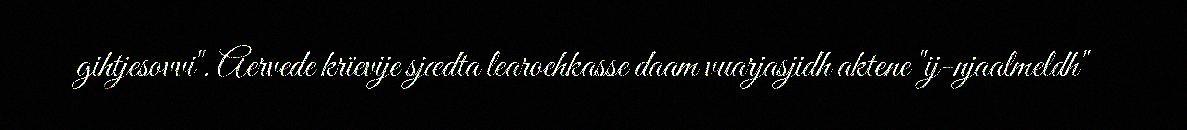
gihtjesovvi". Aervede krïevije sjædta learoehkasse daam vuarjasjidh aktene "ij-njaalmeldh"